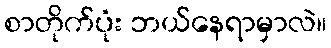
စာတိုက်ပုံး ဘယ်နေရာမှာလဲ။